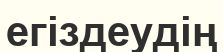
егіздеудің